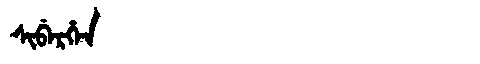
Manchu: ᠰᡳᠪᡝᡵᡥᡝᠨ
Romanization: SIBERHEN